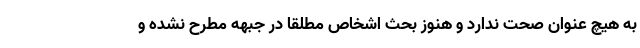
به هیچ عنوان صحت ندارد و هنوز بحث اشخاص مطلقا در جبهه مطرح نشده و